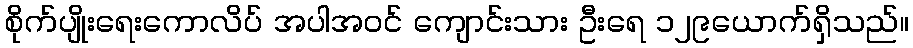
စိုက်ပျိုးရေးကောလိပ် အပါအဝင် ကျောင်းသား ဦးရေ ၁၂၉ယောက်ရှိသည်။